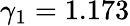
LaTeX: \gamma_{1}=1.173